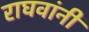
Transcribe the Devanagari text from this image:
राघवांनी